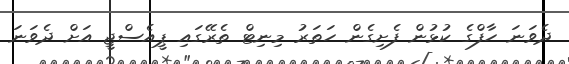
ދެވަނަ ހާފްގެ ކުޅުން ފެށިގެން ހަތަރު މިނިޓް ތެރޭގައި ޕީއެސްޖީ އަށް ދެވަަނަ